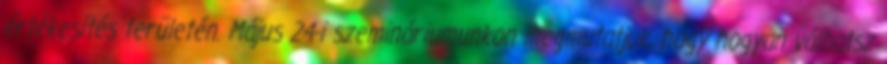
értékesítés területén. Május 24-i szemináriumunkon megmutatjuk, hogy hogyan válhatsz